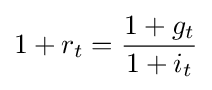
1+r_{t}={\frac {1+g_{t}}{1+i_{t}}}